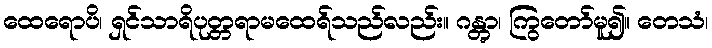
ထေရောပိ၊ ရှင်သာရိပုတ္တရာမထေရ်သည်လည်း။ ဂန္တွာ၊ ကြွတော်မူ၍။ တေသံ၊